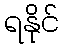
ရနိုင်